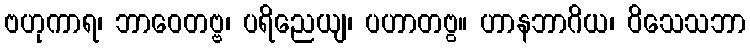
ဗဟုကာရ၊ ဘာဝေတဗ္ဗ၊ ပရိညေယျ၊ ပဟာတဗွ။ ဟာနဘာဂိယ၊ ဝိသေသဘာ